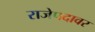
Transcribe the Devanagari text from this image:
राजेपदावर